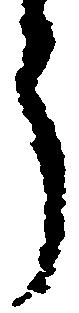
う